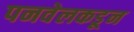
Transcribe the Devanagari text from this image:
पनवेलकडून